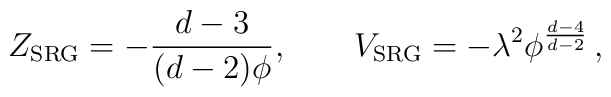
Z_{\mathrm{SRG}} = -\frac{d-3}{(d-2)\phi}, \qquad  V_{\mathrm{SRG}} = -\lambda^2 \phi^{\frac{d-4}{d-2}} \, ,